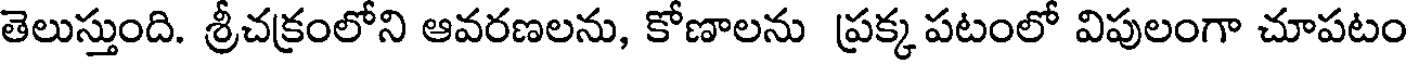
తెలుస్తుంది. శ్రీచక్రంలోని ఆవరణలను, కోణాలను ప్రక్క పటంలో విపులంగా చూపటం